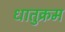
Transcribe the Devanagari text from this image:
धातुक्रम